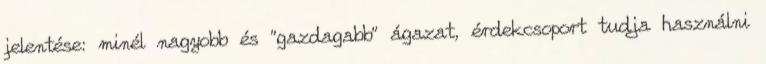
jelentése: minél nagyobb és "gazdagabb" ágazat, érdekcsoport tudja használni